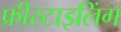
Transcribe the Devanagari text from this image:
फ्रीस्टाइलिंग